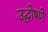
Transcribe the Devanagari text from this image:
उद्घोषणे